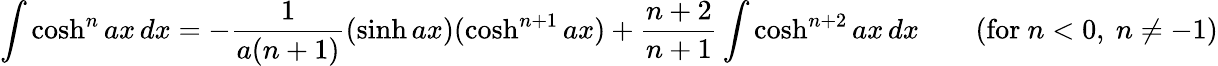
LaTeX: \int\cosh^{n}ax\, dx=-{\frac{1}{a(n+1)}}(\sinh ax)(\cosh^{n+1}ax)+{\frac{n+2}{n+1}}\int\cosh^{n+2}ax\, dx\qquad{\mathrm{(for~}}n<0{\mathrm{,~}}n\neq-1{\mathrm{)}}